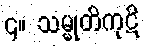
၄။ သမ္မုတိကုဋိ